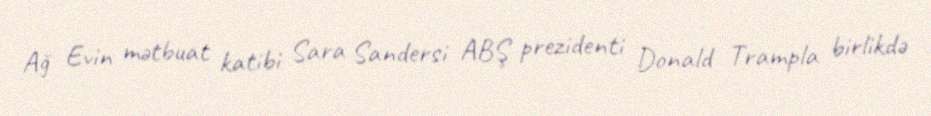
Ağ Evin mətbuat katibi Sara Sandersi ABŞ prezidenti Donald Trampla birlikdə